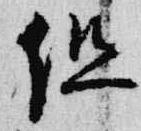
但